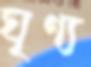
ঘৃণ্য